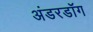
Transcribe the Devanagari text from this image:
अंडरडाॅग